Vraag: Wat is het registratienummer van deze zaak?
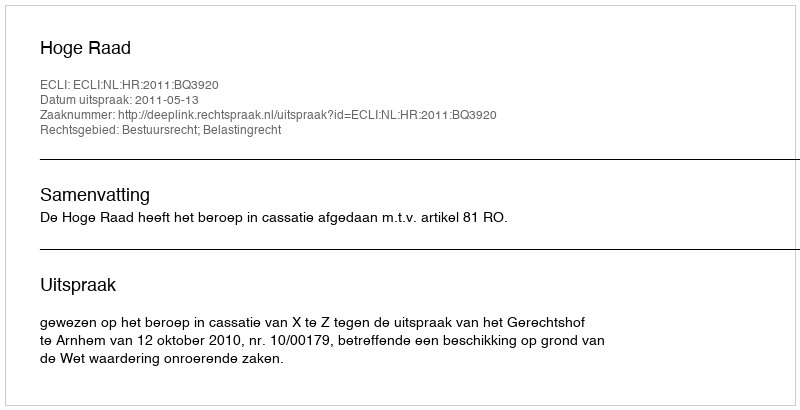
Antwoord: http://deeplink.rechtspraak.nl/uitspraak?id=ECLI:NL:HR:2011:BQ3920